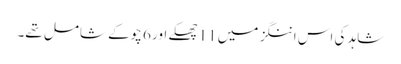
شاہد کی اس اننگز میں 11 چھکے اور 6 چوکے شامل تھے۔